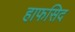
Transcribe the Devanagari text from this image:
हाफसिद